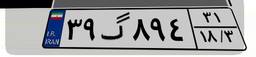
۳۹گ۸۹۴۳۱